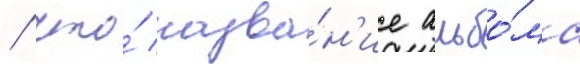
/ что́ назва́н'ие альбо́ма